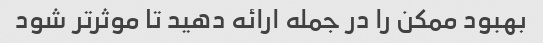
بهبود ممکن را در جمله ارائه دهید تا موثرتر شود